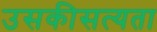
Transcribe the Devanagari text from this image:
उसकीसत्यता